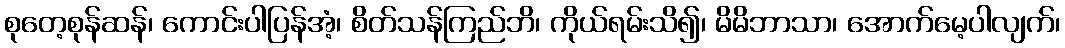
စုတေ့စုန်ဆန်၊ ကောင်းပါပြန်အံ့၊ စိတ်သန်ကြည်ဘိ၊ ကိုယ်ရမ်းသိ၍၊ မိမိဘာသာ၊ အောက်မေ့ပါလျက်၊